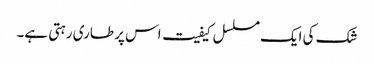
شک کی ایک مسلسل کیفیت اس پر طاری رہتی ہے۔